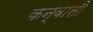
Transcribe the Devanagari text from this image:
कन्वासी